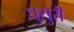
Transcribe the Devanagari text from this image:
घुसुरी